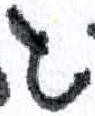
אות: ג